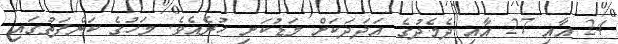
24 އާއި 27 އާއި ދެމެދުގެ އަދަދަކަށް މަޑުކަށި ހުރެއެވެ. މަހުގެ ކަންފަތުގައި